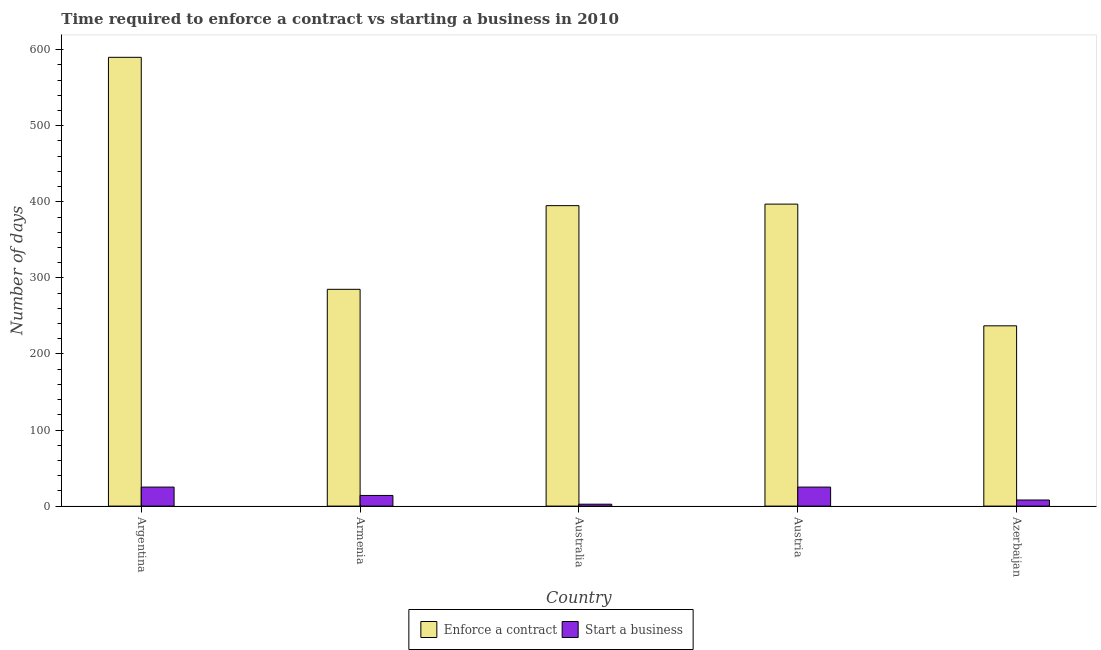
| Country | Enforce a contract | Start a business |
 | --- | --- | --- |
 | Argentina | 590 | 25 |
 | Armenia | 285 | 14 |
 | Australia | 395 | 2.5 |
 | Austria | 397 | 25 |
 | Azerbaijan | 237 | 8 |